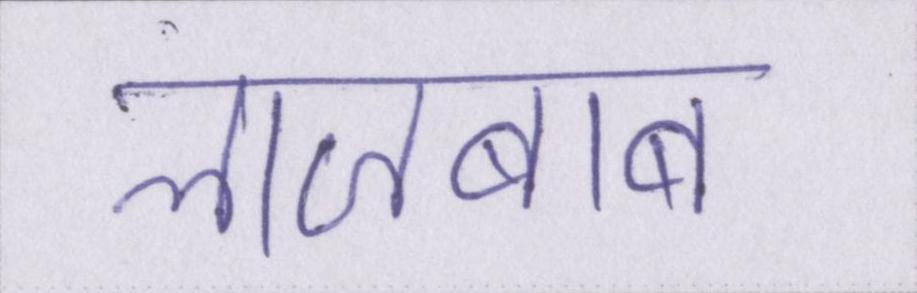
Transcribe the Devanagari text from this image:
लाजबाब